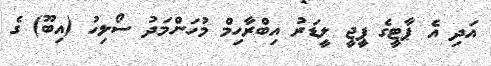
އަދި އެ ޕާޓީގެ ޕީޖީ ލީޑަރު އިބްރާހިމް މުހަންމަދު ސޯލިހު (އިބޫ) ގެ